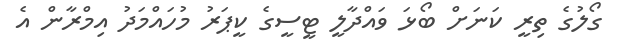
ގޯލުގެ ތިރީ ކަނަށް ބޯޅަ ވައްދާލީ ޓީސީގެ ކީޕަރު މުހައްމަދު އިމްރާން އެ